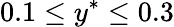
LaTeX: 0.1\leq y^{*}\leq 0.3